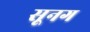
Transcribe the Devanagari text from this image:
सूनग